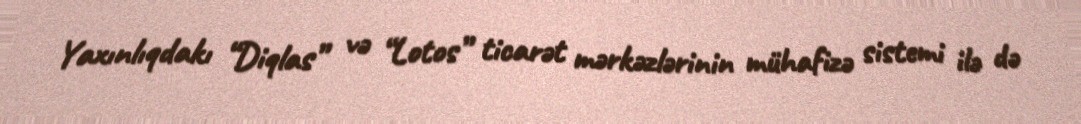
Yaxınlıqdakı “Diqlas” və “Lotos” ticarət mərkəzlərinin mühafizə sistemi ilə də